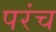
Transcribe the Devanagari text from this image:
परंच